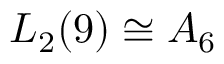
L _ { 2 } ( 9 ) \cong A _ { 6 }